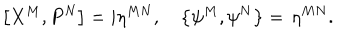
\left[ X ^ { M } , P ^ { N } \right] = i \eta ^ { M N } , \quad \left\{ \psi ^ { M } , \psi ^ { N } \right\} = \, \eta ^ { M N } .